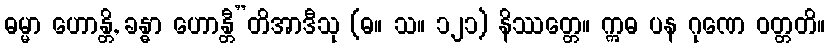
ဓမ္မာ ဟောန္တိ, ခန္ဓာ ဟောန္တီ”တိအာဒီသု (ဓ။ သ။ ၁၂၁) နိဿတ္တေ။ ဣဓ ပန ဂုဏေ ဝတ္တတိ။